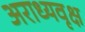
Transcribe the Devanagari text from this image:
अराध्यवृक्ष